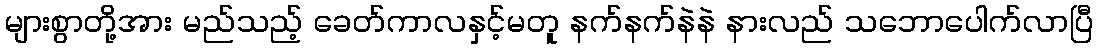
များစွာတို့အား မည်သည့် ခေတ်ကာလနှင့်မတူ နက်နက်နဲနဲ နားလည် သဘောပေါက်လာပြီ